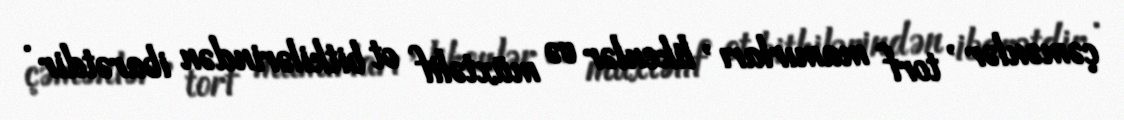
çəmənlər , torf mamırları , likenlər və müxtəlif ot bitkilərindən ibarətdir .